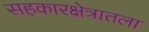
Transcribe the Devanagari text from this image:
सहकारक्षेत्रातला